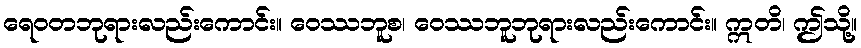
ရေဝတဘုရားလည်းကောင်း။ ဝေဿဘူစ၊ ဝေဿဘူဘုရားလည်းကောင်း။ ဣတိ၊ ဤသို့။